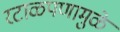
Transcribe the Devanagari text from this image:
रटाळपणामुळे